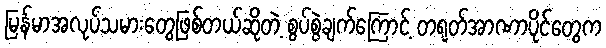
မြန်မာအလုပ်သမားတွေဖြစ်တယ်ဆိုတဲ့ စွပ်စွဲချက်ကြောင့် တရုတ်အာဏာပိုင်တွေက